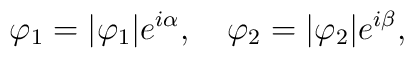
\varphi_{1}=|\varphi_{1}|e^{i\alpha}, \quad\varphi_{2}=|\varphi_{2}|e^{i\beta},